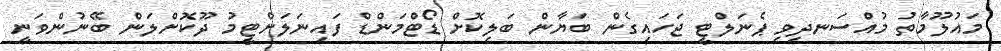
މައުލޫމާތު މުއްސަނދިވި ޕެނަލްޓީ ޖަހައިގެން ބަޔާން ބަލިކޮށް ޑޯޓްމަންޑް ފައިނަލަށްޓީމު ދޫކޮށްލަން ބޭނުންވަނީ